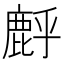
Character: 䴣